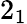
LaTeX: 2_{1}